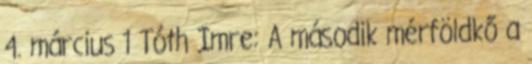
4. március 1 Tóth Imre: A második mérföldkő a